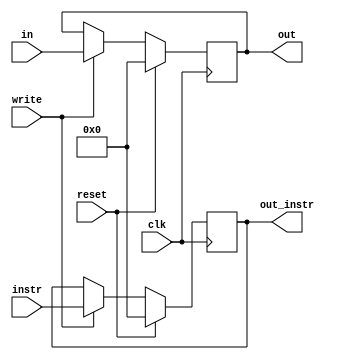
`timescale 1ns / 1ps
//////////////////////////////////////////////////////////////////////////////////
// Company: 
// Engineer: 
// 
// Design Name: 
// Module Name: pipeline
// Project Name: 
// Target Devices: 
// Tool Versions: 
// Description: 
// 
// Dependencies: 
// 
// Revision:
// Revision 0.01 - File Created
// Additional Comments:
// 
//////////////////////////////////////////////////////////////////////////////////


module pipeline(clk,reset,write,instr,in,out_instr,out);
input [31:0] instr;
input [31:0] in;
input reset,write,clk;
output reg [31:0] out_instr;
output reg [31:0] out;

    //daca reset este 1 intoarce 0
    //daca write e 1 intoarce valoarea de la intrare
    //salvam doua valori:iesirea de la pc si instructiunea obt de la instr memory 
    always @(posedge clk)
        if (reset)
        begin
            out_instr <= 0;
            out <= 0;
        end
        else    
        begin
            if (write)
            begin
                out_instr <= instr;
                out <= in;
            end
        end
endmodule